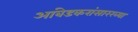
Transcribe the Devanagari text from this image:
आंबेडकरांसारख्या